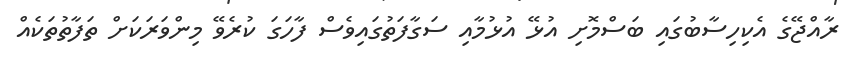
ރާއްޖޭގެ އެކިހިސާބުގައި ބަސްމޮށި އުޅޭ އުޅުމާއި ސަގާފަތުގައިވެސް ފާހަގަ ކުރެވޭ މިންވަރަކަށް ތަފާތުތަކެއް